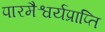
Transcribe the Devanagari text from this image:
पारमैश्वर्यप्राप्ति